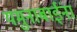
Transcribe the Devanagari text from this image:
यमुनाबाईंना